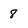
Character: 8